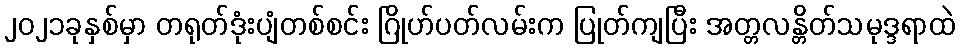
၂၀၂၁ခုနှစ်မှာ တရုတ်ဒုံးပျံတစ်စင်း ဂြိုဟ်ပတ်လမ်းက ပြုတ်ကျပြီး အတ္တလန္တိတ်သမုဒ္ဒရာထဲ